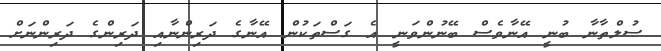
ސުލްތާނާ ބުނީ އޭނާވެސް ބޭނުންވަނީ އެ ގަސްތަކުން އޭނާގެ ދަރިންނާއި ދަރިންގެ ދަރިންނަށް